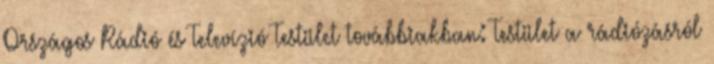
Országos Rádió és Televízió Testület továbbiakban: Testület a rádiózásról